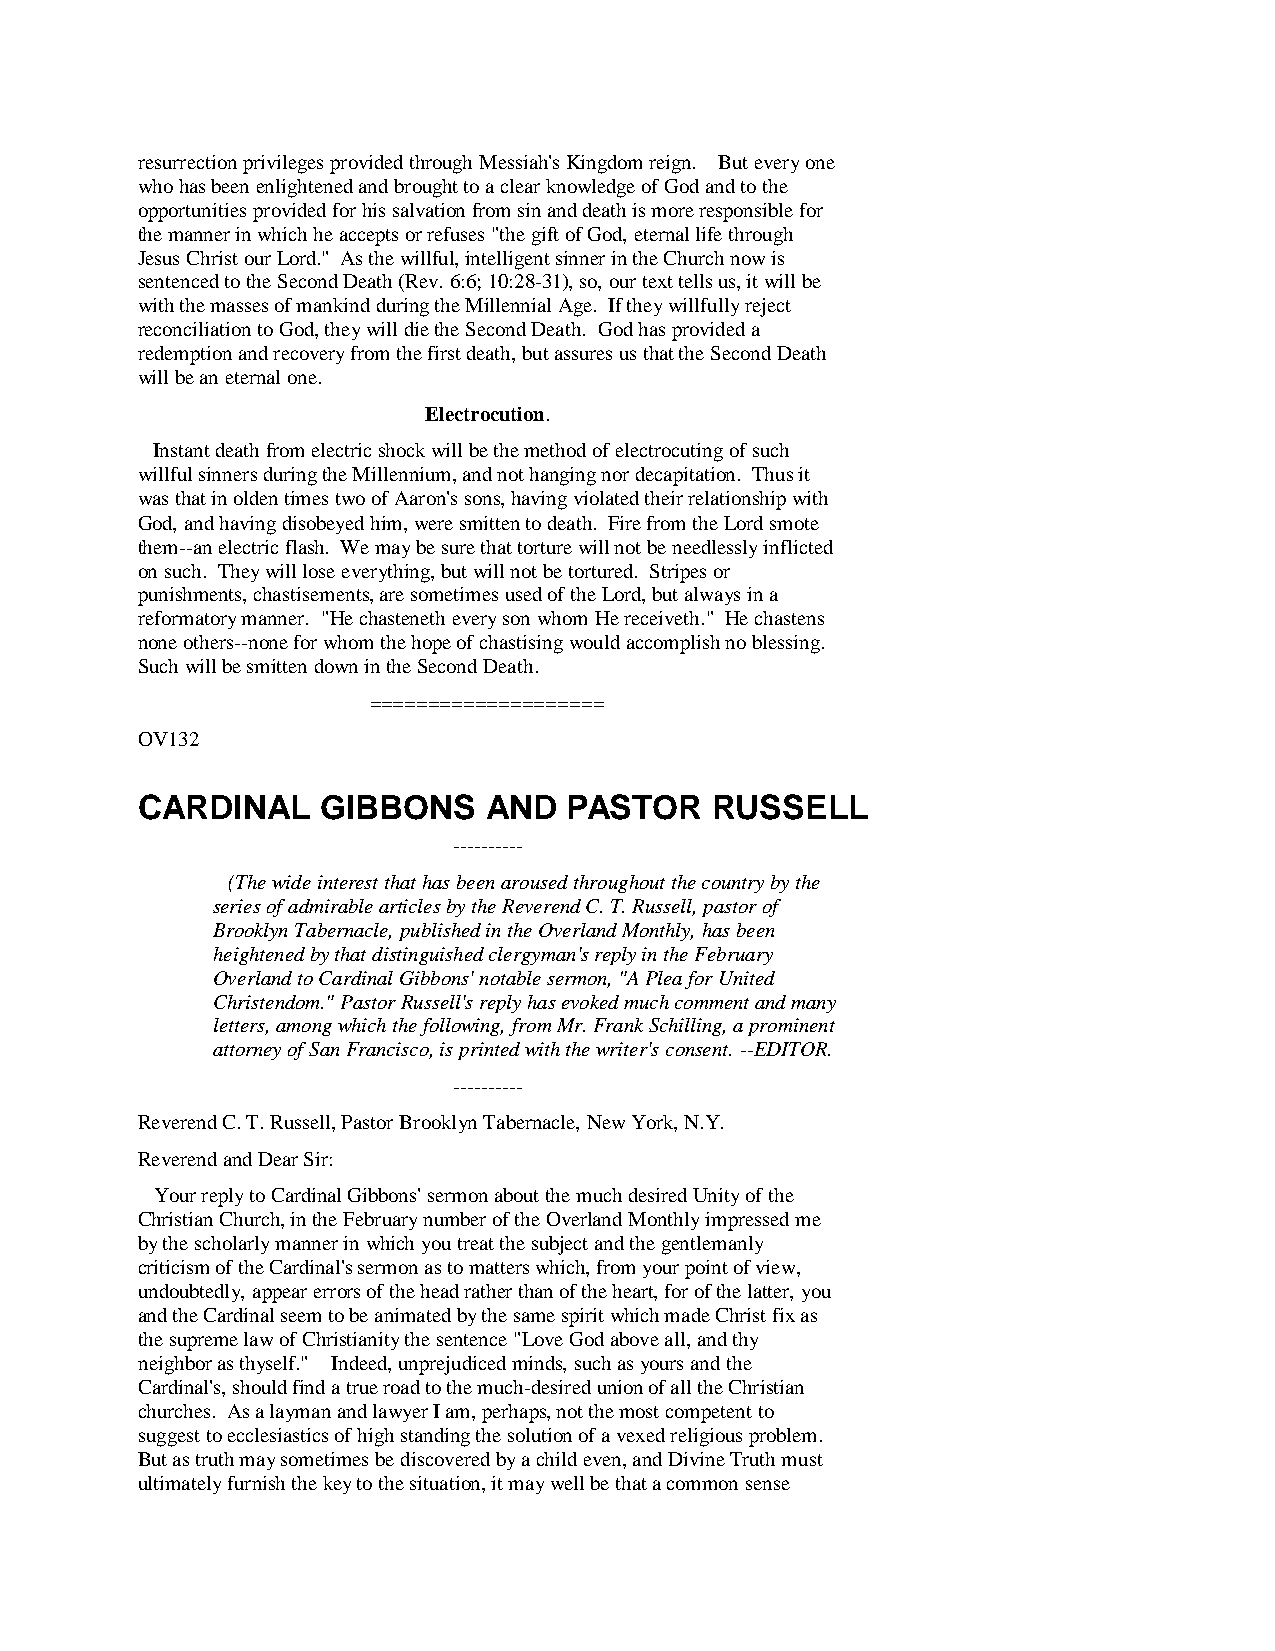
resurrection privileges provided through Messiah's Kingdom reign. But every one
 who has been enlightened and brought to a clear knowledge of God and to the
 opportunities provided for his salvation from sin and death is more responsible for
 the manner in which he accepts or refuses "the gift of God, eternal life through
 Jesus Christ our Lord." As the willful, intelligent sinner in the Church now is
 sentenced to the Second Death (Rev. 6:6; 10:28-31), so, our text tells us, it will be
 with the masses of mankind during the Millennial Age. If they willfully reject
 reconciliation to God, they will die the Second Death. God has provided a
 redemption and recovery from the first death, but assures us that the Second Death
 will be an eternal one.
 Electrocution.
 Instant death from electric shock will be the method of electrocuting of such
 willful sinners during the Millennium, and not hanging nor decapitation. Thus it
 was that in olden times two of Aaron's sons, having violated their relationship with
 God, and having disobeyed him, were smitten to death. Fire from the Lord smote
 them--an electric flash. We may be sure that torture will not be needlessly inflicted
 on such. They will lose everything, but will not be tortured. Stripes or
 punishments, chastisements, are sometimes used of the Lord, but always in a
 reformatory manner. "He chasteneth every son whom He receiveth." He chastens
 none others--none for whom the hope of chastising would accomplish no blessing.
 Such will be smitten down in the Second Death.
 ====================
 OV132
 CARDINAL    GIBBONS    AND   PASTOR   RUSSELL
 ----------
 (The wide interest that has been aroused throughout the country by the
 series of admirable articles by the Reverend C. T. Russell, pastor of
 Brooklyn Tabernacle, published in the Overland Monthly, has been
 heightened by that distinguished clergyman's reply in the February
 Overland to Cardinal Gibbons' notable sermon, "A Plea for United
 Christendom." Pastor Russell's reply has evoked much comment and many
 letters, among which the following, from Mr. Frank Schilling, a prominent
 attorney of San Francisco, is printed with the writer's consent. --EDITOR.
 ----------
 Reverend C. T. Russell, Pastor Brooklyn Tabernacle, New York, N.Y.
 Reverend and Dear Sir:
 Your reply to Cardinal Gibbons' sermon about the much desired Unity of the
 Christian Church, in the February number of the Overland Monthly impressed me
 by the scholarly manner in which you treat the subject and the gentlemanly
 criticism of the Cardinal's sermon as to matters which, from your point of view,
 undoubtedly, appear errors of the head rather than of the heart, for of the latter, you
 and the Cardinal seem to be animated by the same spirit which made Christ fix as
 the supreme law of Christianity the sentence "Love God above all, and thy
 neighbor as thyself." Indeed, unprejudiced minds, such as yours and the
 Cardinal's, should find a true road to the much-desired union of all the Christian
 churches. As a layman and lawyer I am, perhaps, not the most competent to
 suggest to ecclesiastics of high standing the solution of a vexed religious problem.
 But as truth may sometimes be discovered by a child even, and Divine Truth must
 ultimately furnish the key to the situation, it may well be that a common sense